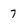
Character: 7